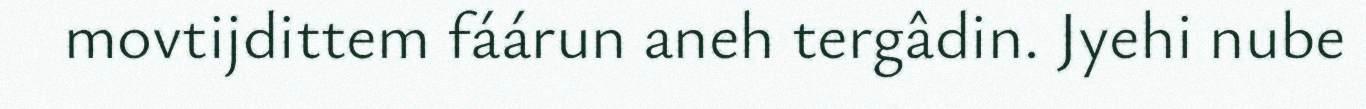
movtijdittem fáárun aneh tergâdin. Jyehi nube